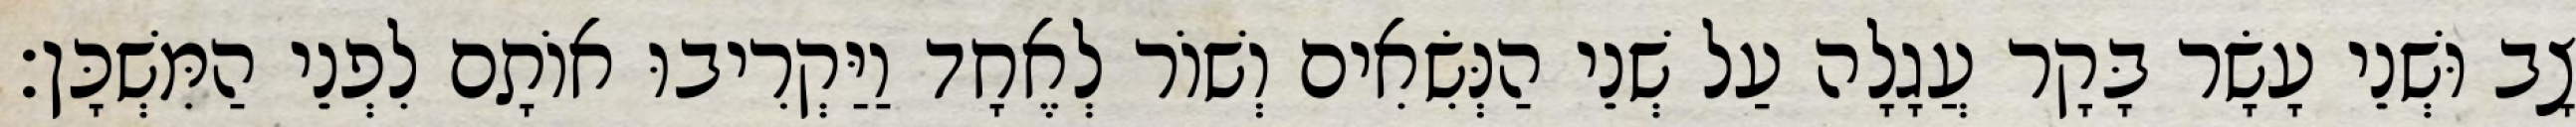
צָב וּשְׁנֵי עָשָׂר בָּקָר עֲגָלָה עַל שְׁנֵי הַנְּשִׂאִים וְשׁוֹר לְאֶחָד וַיַּקְרִיבוּ אוֹתָם לִפְנֵי הַמִּשְׁכָּן׃